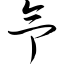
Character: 氕